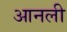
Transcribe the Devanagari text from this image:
आनली